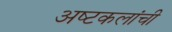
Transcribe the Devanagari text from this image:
अष्‍टकलांची